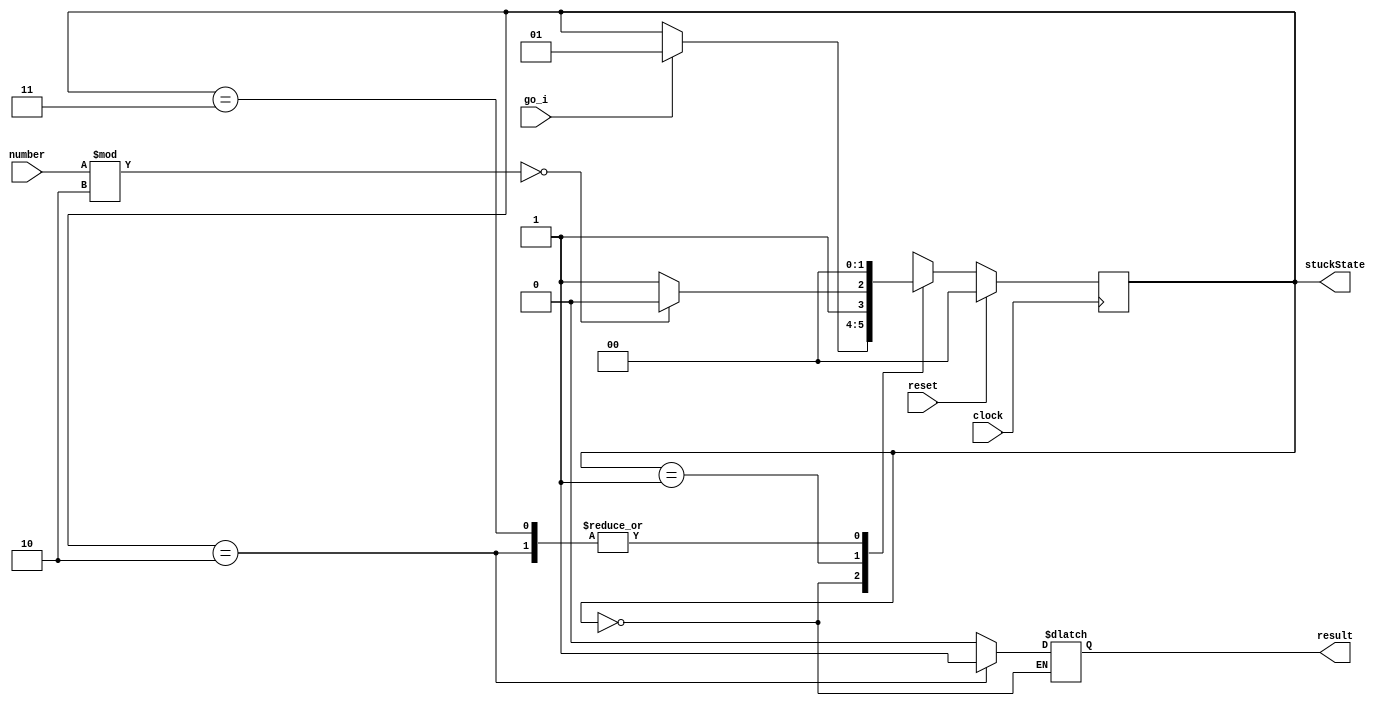
module isEvenNumber(
	output reg result,
	output reg[1:0] stuckState,
	//output reg counter,
	input wire clock,
	input wire reset,
	input wire go_i,
	input wire[31:0] number
);

localparam STATE_Initial = 2'd0,
			  STATE_1 = 2'd1,
			  STATE_2 = 2'd2,
			  STATE_3 = 2'd3;
			  
reg[1:0] currentState;
reg[1:0] nextState;


always @ (posedge clock) begin
	if (reset)
		currentState <= STATE_Initial;
	else
		currentState <= nextState;
end

initial begin
	currentState <= STATE_Initial;
end



always @ (*) begin
	nextState = currentState;
	stuckState = currentState;
	case (currentState)
		STATE_Initial: begin
			if (go_i)
				nextState = STATE_1;
		end
		STATE_1: begin
			result = 1'b0;
			if (number % 2 == 0) 
				nextState = STATE_2;
			else
				nextState = STATE_3;
		end
		STATE_2: begin
			result = 1'b1;
			nextState = STATE_Initial;
		end
		STATE_3: begin
			result = 1'b0;
			nextState = STATE_Initial;
		end
	endcase
end
endmodule